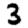
Digit: 3